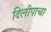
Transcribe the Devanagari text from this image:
दिलीपाचा